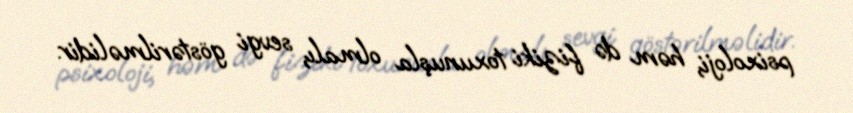
psixoloji, həm də fiziki toxunuşla olmalı, sevgi göstərilməlidir.